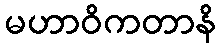
မဟာဝိကတာနိ